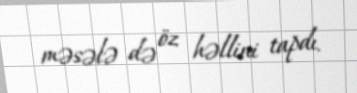
məsələ də öz həllini tapdı.